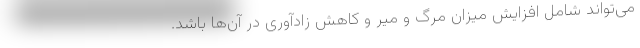
می‌تواند شامل افزایش میزان مرگ و میر و کاهش زادآوری در آن‌ها باشد.